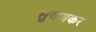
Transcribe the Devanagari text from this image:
सुवअकर